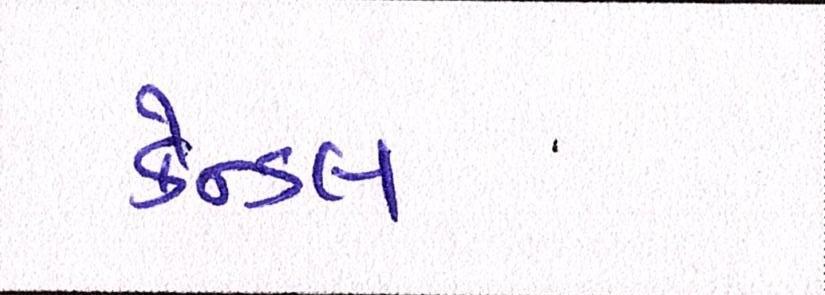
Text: કેન્ડલ